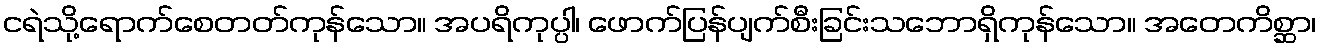
ငရဲသို့ရောက်စေတတ်ကုန်သော။ အပရိကုပ္ပါ၊ ဖောက်ပြန်ပျက်စီးခြင်းသဘောရှိကုန်သော။ အတေကိစ္ဆာ၊